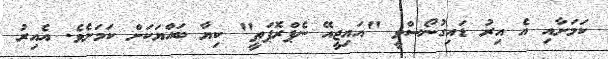
ކަމަށާއި އެ އިރު ޑައިގުނޯސްވީ "އައިޖީއޭ ނެޕްރޮޕަތީ" ކިޔާ ބައްޔަކަށް ކަމަށެވެ. އެއިރު